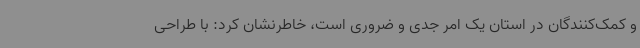
و کمک‌کنندگان در استان یک امر جدی و ضروری است، خاطرنشان کرد: با طراحی